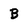
Character: B